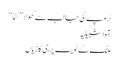
ٹرمپ کی جانب سے کھولا ’’ کٹاّ‘‘
آہ اشبیلیہ
ملنگ کے ٹویٹ پر جی کا زیاں